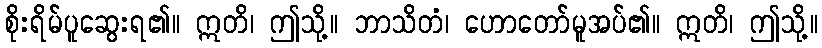
စိုးရိမ်ပူဆွေးရ၏။ ဣတိ၊ ဤသို့။ ဘာသိတံ၊ ဟောတော်မူအပ်၏။ ဣတိ၊ ဤသို့။